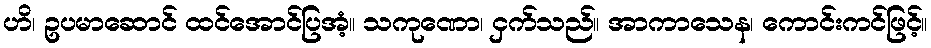
ဟိ၊ ဥပမာဆောင် ထင်အောင်ပြအံ့။ သကုဏော၊ ငှက်သည်။ အာကာသေန၊ ကောင်းကင်ဖြင့်။